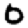
Digit: 0